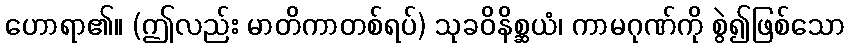
ဟောရာ၏။ (ဤလည်း မာတိကာတစ်ရပ်) သုခဝိနိစ္ဆယံ၊ ကာမဂုဏ်ကို စွဲ၍ဖြစ်သော